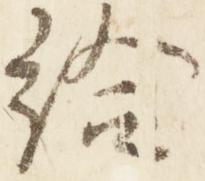
給